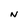
Character: N